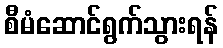
စီမံဆောင်ရွက်သွားရန်